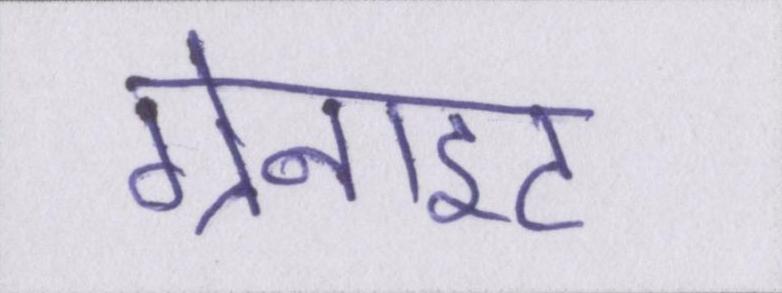
ग्रेनाइट